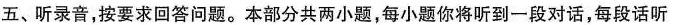
五、听录音，按要求回答问题。本部分共两小题，每小题你将听到一段对话，每段话听